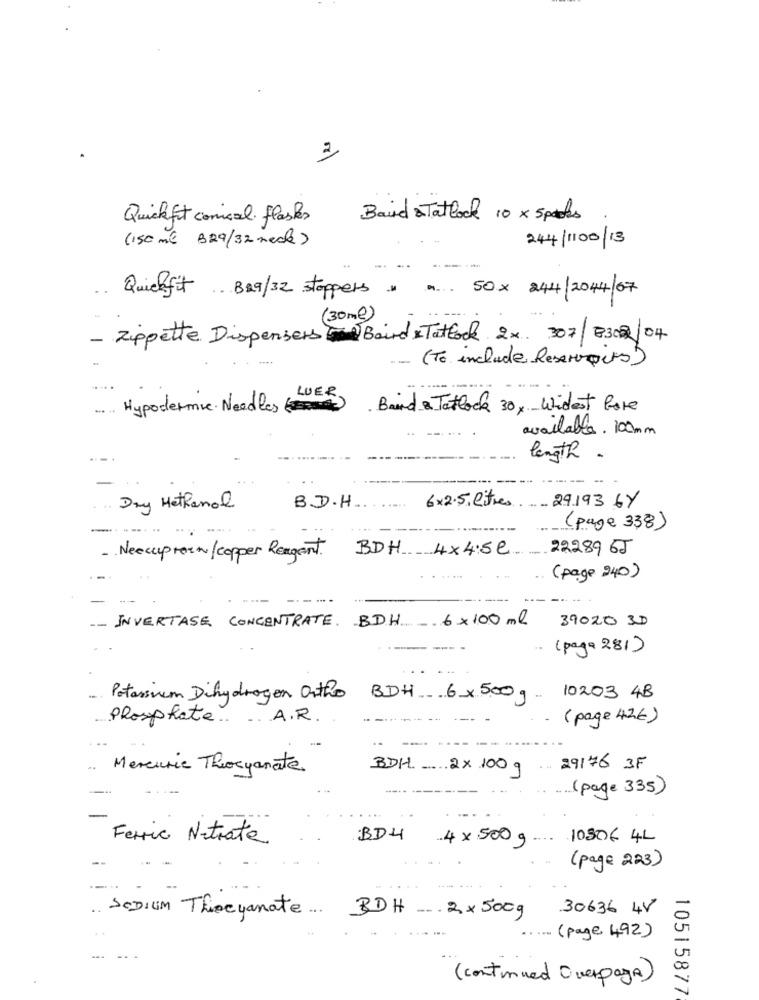
2
Quickfit conical. flaskes
Baird Tatlock 10 × 5packs
(150 ml B29/32 necks )
244/1100/13
..
Quickfit . B29/32 stoppers " ... 50x 244/2044/07
(30mg)
- zippette DispensersBaird & Tatlock 2x 307|8302/04
--
(To include Reservoirs )
Hypodermic. Needles ) Baind & Tatlock 30 x Widest fare
available. 100mm
length .
· Day Methanol
B.D.H.
6x2.5, litres
29193 6Y
(page 338)
BDH 4x4:5e
22289 6J
- . Neecuptorn/copper Reagent.
( page 240)
--- -
INVERTASE CONCENTRATE. BDH - 6x100 ml
39020 3D
.. (paga 281)
Potassium Dihydrogen Ortho BDH 6×500g.
10203 4B
Phosphate .. .. A.R
(page 42€)
..
Mercuric Theoryanate.
BDH_ 2 x 100 g
.. 29176 3F
(page 335)
Ferric Nitrate
BD4
4× 500g ....
10506 4L
(page 223)
30636 4V
SeDIUM Theeyanate ... BDH -. 2×500g
.. (page 492)
-.
(continued Overpaga)
10515877